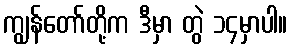
ကျွန်တော်တို့က ဒီမှာ တွဲ ၁၄မှာပါ။